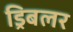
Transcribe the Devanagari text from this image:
ड्रिबलर